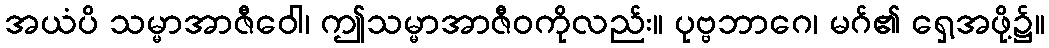
အယံပိ သမ္မာအာဇီဝေါ၊ ဤသမ္မာအာဇီဝကိုလည်း။ ပုဗ္ဗဘာဂေ၊ မဂ်၏ ရှေ့အဖို့၌။